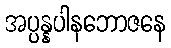
အပ္ပန္နပါနဘောဇနေ